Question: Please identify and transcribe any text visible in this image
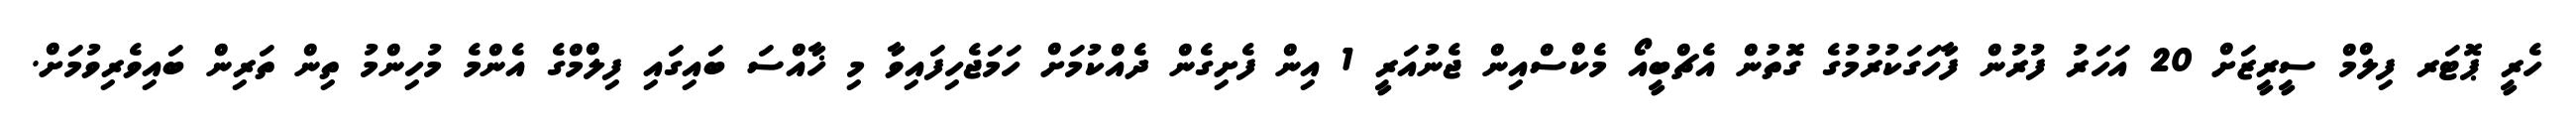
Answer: ހެރީ ޕޮޓަރ ފިލްމް ސީރީޒަށް 20 އަހަރު ފުރުން ފާހަގަކުރުމުގެ ގޮތުން އެޗްބީއޯ މެކްސްއިން ޖެނުއަރީ 1 އިން ފެށިގެން ދެއްކުމަށް ހަމަޖެހިފައިވާ މި ޚާއްސަ ބައިގައި ފިލްމްގެ އެންމެ މުހިންމު ތިން ތަރިން ބައިވެރިވުމަށް.